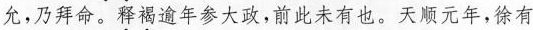
允，乃拜命，释褐逾年多大政，前此未有也。天顺元年，徐有